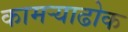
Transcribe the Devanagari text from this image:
कामऱ्याढोक